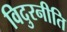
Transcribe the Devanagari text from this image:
विदुरनीति